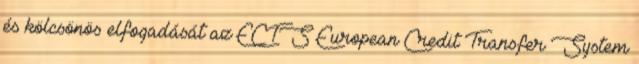
és kölcsönös elfogadását az ECTS European Credit Transfer System